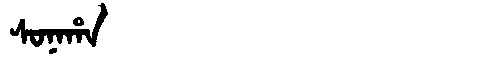
Manchu: ᠰᠣᠨᠠᡥᠠ
Romanization: SONAHA